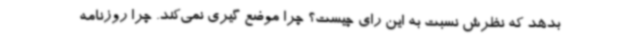
بدهد که نظرش نسبت به این رای چیست؟ چرا موضع گیری نمی‌کند. چرا روزنامه